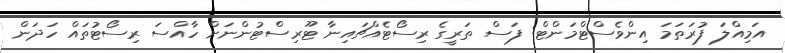
އަމިއްލަ ފުރަތަމަ އިންވެސްޓްމަންޓް: ފަސް ތަރީގެ ރިސޯޓެއްޗައިނާ ޓޫރިސްޓުންނަށް ހާއްސަ ރިސޯޓުތައް ހަދަން